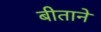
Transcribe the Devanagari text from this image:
बीताने